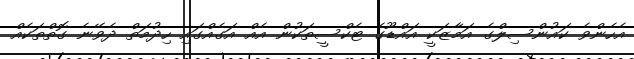
އެހެންވެ ކައުންސިލްގެ އަމާޒަކީ އައްޑޫގެ ޓެކްސީތަކުން އެއް އަގެއްގައި ހިދުމަތް ދެވޭނެ ގޮތްތަކެއް